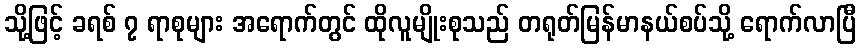
သို့ဖြင့် ခရစ် ၇ ရာစုများ အရောက်တွင် ထိုလူမျိုးစုသည် တရုတ်မြန်မာနယ်စပ်သို့ ရောက်လာပြီ